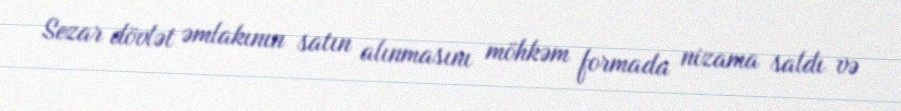
Sezar dövlət əmlakının satın alınmasını möhkəm formada nizama saldı və